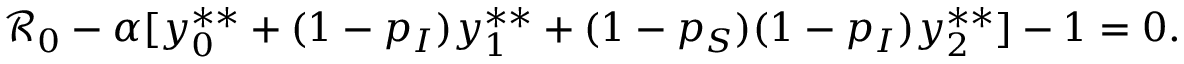
\mathcal { R } _ { 0 } - \alpha [ y _ { 0 } ^ { * * } + ( 1 - p _ { I } ) y _ { 1 } ^ { * * } + ( 1 - p _ { S } ) ( 1 - p _ { I } ) y _ { 2 } ^ { * * } ] - 1 = 0 .